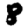
Digit: 8